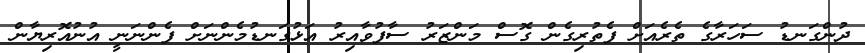
ދުންގަނޑު ސަހަރާގެ ތެރެއަށް ފެތުރިގެން ގޮސް މަންޒަރު ސާފުވާއިރު އަޅުގަނޑުމެންނަށް ފެންނަނީ އުނުއޮރިޔާން